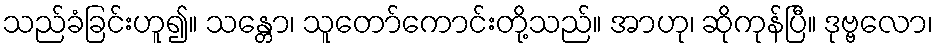
သည်ခံခြင်းဟူ၍။ သန္တော၊ သူတော်ကောင်းတို့သည်။ အာဟု၊ ဆိုကုန်ပြီ။ ဒုဗ္ဗလော၊